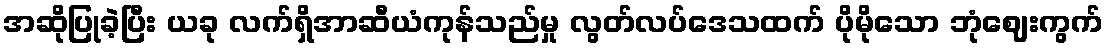
အဆိုပြုခဲ့ပြီး ယခု လက်ရှိအာဆီယံကုန်သည်မှု လွတ်လပ်ဒေသထက် ပိုမိုသော ဘုံဈေးကွက်